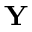
\mathbf { Y }